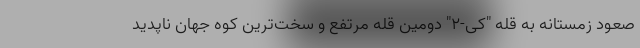
صعود زمستانه به قله "کی-۲" دومین قله مرتفع و سخت‌ترین کوه جهان ناپدید